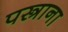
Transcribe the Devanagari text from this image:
पस्त्राना